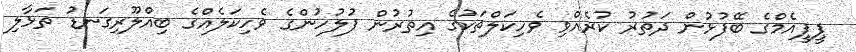
ޕީޕީއެމްގެ ބޭފުޅުން ދަތުރު ކުރެއްވި ވެހިކަލްތަކުގެ އިތުރުން ފުލުހުންގެ ވެހިކަލެއްގެ ބިއްލޫރިގަނޑު ތަޅާލި